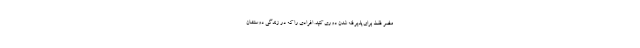
مضر فقط برای پذیرفته شدن دوری کنید. افرادی را که در زندگی دوستشان